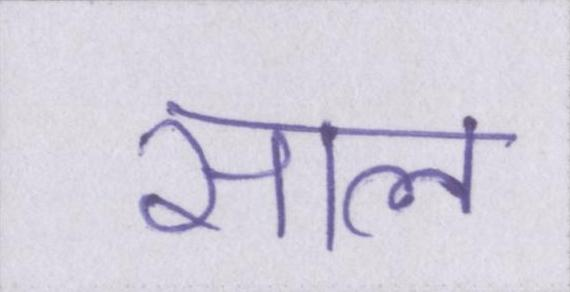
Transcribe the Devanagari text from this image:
साल